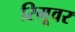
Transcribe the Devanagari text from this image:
रिमूवर